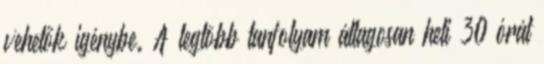
vehetők igénybe. A legtöbb tanfolyam átlagosan heti 30 órát